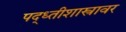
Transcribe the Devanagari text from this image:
पद्ध्तीशास्त्रावर